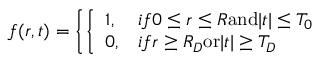
f ( r , t ) = \left\{ \left\{ \begin{array} { l l } { { 1 , } } & { { i f 0 \leq r \leq R \mathrm { a n d } | t | \leq T _ { 0 } } } \\ { { 0 , } } & { { i f r \geq R _ { D } \mathrm { o r } | t | \geq T _ { D } } } \end{array} \right. \right.